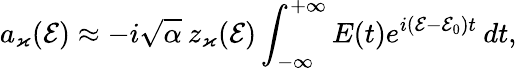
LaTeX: a_{\varkappa}(\mathcal{E})\approx-i\sqrt{\alpha}\: z_{\varkappa}(\mathcal{E})\int_{-\infty}^{+\infty}E(t)e^{i(\mathcal{E}-\mathcal{E}_{0})t}\: dt,